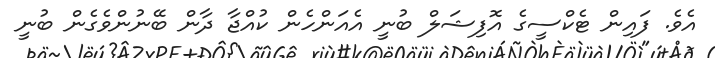
އެވެ. ފައިން ޓެކްސީގެ އޮފިޝަލް ބުނީ އެއަންހެން ކުއްޖާ ދާން ބޭނުންވެގެން ބުނީ